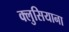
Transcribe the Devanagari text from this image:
क्लुसियाना